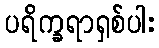
ပရိက္ခရာရှစ်ပါး